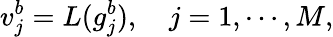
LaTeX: v_{j}^{b}=L(g_{j}^{b}),\quad j=1,\cdots,M,